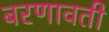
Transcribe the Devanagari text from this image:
बरणावती